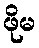
ဖိုမ